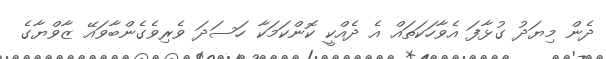
ދެން މިޔަދު ގުޅާފަ އެވާހަކަތައް އެ ދެއްކީ ކޮންކަމަކާ ހަސަދަ ވެރިވެގެންބާވައޭ ޒާވްޔާގެ